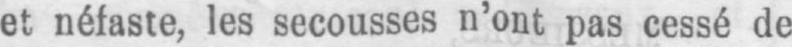
et néfaste, les secousses n’ont pas cessé de